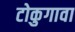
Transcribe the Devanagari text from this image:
टोकुगावा